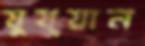
যুযুয়ান